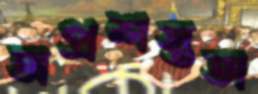
অপ্রশস্ততা